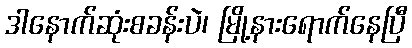
ဒါနောက်ဆုံးစခန်းပဲ၊ မြို့နားရောက်နေပြီ